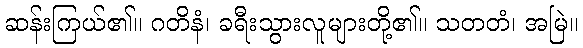
ဆန်းကြယ်၏။ ဂတိနံ၊ ခရီးသွားလူများတို့၏။ သတတံ၊ အမြဲ။